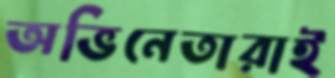
অভিনেতারাই